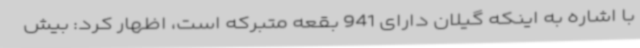
با اشاره به اینکه گیلان دارای 941 بقعه متبرکه است، اظهار کرد: بیش